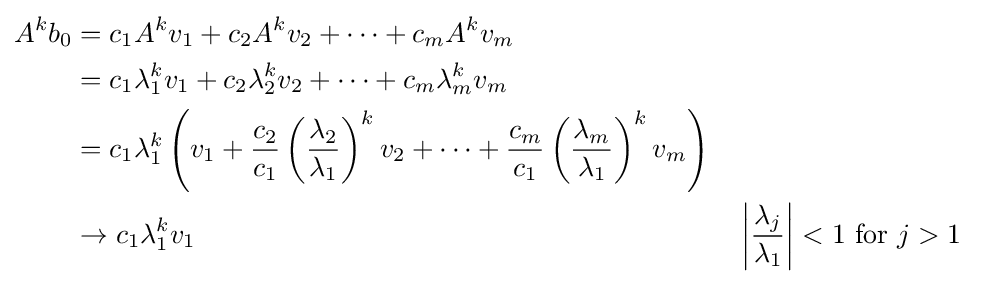
{\begin{aligned}A^{k}b_{0}&=c_{1}A^{k}v_{1}+c_{2}A^{k}v_{2}+\cdots +c_{m}A^{k}v_{m}\\&=c_{1}\lambda _{1}^{k}v_{1}+c_{2}\lambda _{2}^{k}v_{2}+\cdots +c_{m}\lambda _{m}^{k}v_{m}\\&=c_{1}\lambda _{1}^{k}\left(v_{1}+{\frac {c_{2}}{c_{1}}}\left({\frac {\lambda _{2}}{\lambda _{1}}}\right)^{k}v_{2}+\cdots +{\frac {c_{m}}{c_{1}}}\left({\frac {\lambda _{m}}{\lambda _{1}}}\right)^{k}v_{m}\right)\\&\to c_{1}\lambda _{1}^{k}v_{1}&&\left|{\frac {\lambda _{j}}{\lambda _{1}}}\right|<1{\text{ for }}j>1\end{aligned}}